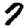
Digit: 7